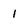
Character: 1